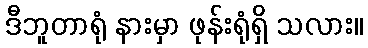
ဒီဘူတာရုံ နားမှာ ဖုန်းရုံရှိ သလား။